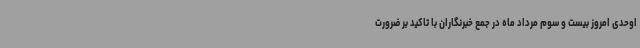
اوحدی امروز بیست و سوم مرداد ماه در جمع خبرنگاران با تاکید بر ضرورت